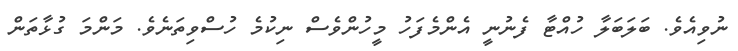
ނުވިއެވެ. ބަލަބަލާ ހުއްޓާ ފެނުނީ އެންމެފަހު މީހުންވެސް ނިކުމެ ހުސްވިތަނެވެ. މަންމަ ގުޅާތަން